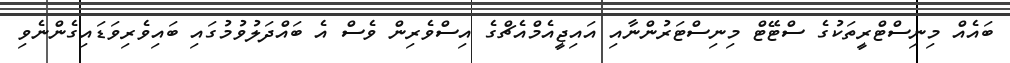
ބައެއް މިނިސްޓްރީތަކުގެ ސްޓޭޓް މިނިސްޓަރުންނާއި އައިޖީއެމްއެޗްގެ އިސްވެރިން ވެސް އެ ބައްދަލުވުމުގައި ބައިވެރިވަޑައިގެންނެވި